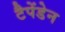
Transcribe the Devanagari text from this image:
टैपेंडेन